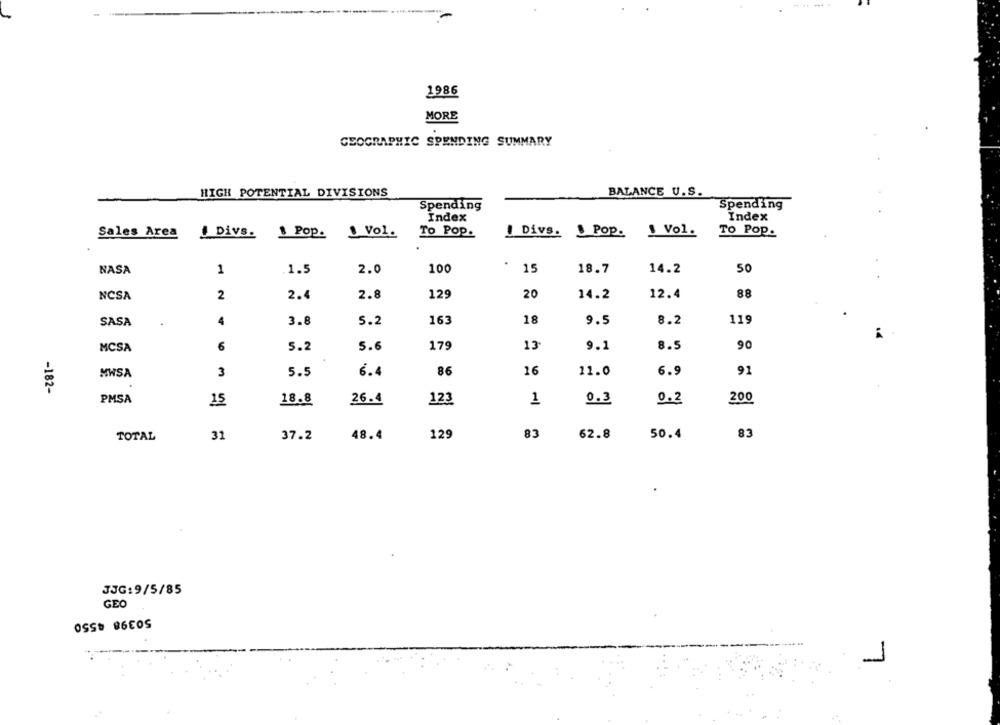
-.....
1986
MORE
GEOGRAPHIC SPENDING SUMMARY
HIGH POTENTIAL DIVISIONS
BALANCE U.S.
Spending
Spending
Index
Index
Vol.
Sales Area
Divs.
1 Pop.
\ Vol.
To Pop.
I Divs. \ Pop.
TO POP.
1.5
2.0
100
.
15
18.7
50
NASA
1
14.2
NCSA
2
2.4
2.8
129
20
14.2
12.4
88
119
SASA
4
3.8
5.2
163
18
9.5
8.2
6
5.2
5.6
179
13
9.1
8.5
90
MCSA
16
MWSA
3
5.5
6.4
86
11.0
6.9
91
-182-
PMSA
200
15
18.8
26.4
123
1
0.3
0.2
31
83
62.8
50.4
83
TOTAL
37.2
48.4
129
JJG:9/5/85
GEO
50398 4550